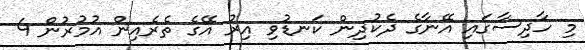
މި ހާދިސާގައި އޭނާގެ ދެކުދިން ކަނޑުވި އިރު އޭގެ ތެރެއިން އުމުރުން 4